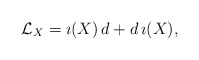
\begin{align*}{\cal L}_{X} = \imath(X) \, d + d \, \imath(X), \end{align*}